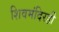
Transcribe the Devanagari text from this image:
शिवमंदिरही